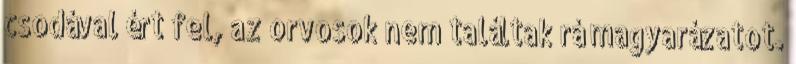
csodával ért fel, az orvosok nem találtak rá magyarázatot.